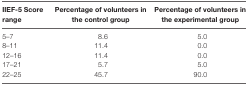
<table><thead><tr><td><b>IIEF-5 Score range</b></td><td><b>Percentage of volunteers in the control group</b></td><td><b>Percentage of volunteers in the experimental group</b></td></tr></thead><tbody><tr><td>5–7</td><td>8.6</td><td>5.0</td></tr><tr><td>8–11</td><td>11.4</td><td>0.0</td></tr><tr><td>12–16</td><td>11.4</td><td>0.0</td></tr><tr><td>17–21</td><td>5.7</td><td>5.0</td></tr><tr><td>22–25</td><td>45.7</td><td>90.0</td></tr></tbody></table>